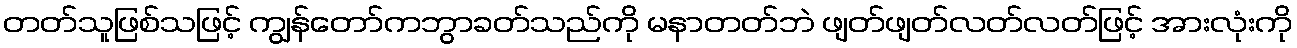
တတ်သူဖြစ်သဖြင့် ကျွန်တော်ကဘွာခတ်သည်ကို မနာတတ်ဘဲ ဖျတ်ဖျတ်လတ်လတ်ဖြင့် အားလုံးကို